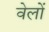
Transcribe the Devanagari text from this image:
वेलों